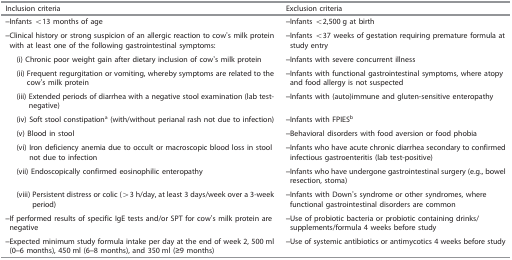
<table><thead><tr><td><b>Inclusion criteria</b></td><td><b>Exclusion criteria</b></td></tr></thead><tbody><tr><td>–Infants &lt;13 months of age</td><td>–Infants &lt;2,500 g at birth</td></tr><tr><td>–Clinical history or strong suspicion of an allergic reaction to cow’s milk protein with at least one of the following gastrointestinal symptoms:</td><td>–Infants &lt;37 weeks of gestation requiring premature formula at study entry</td></tr><tr><td>(i) Chronic poor weight gain after dietary inclusion of cow’s milk protein</td><td>–Infants with severe concurrent illness</td></tr><tr><td>(ii) Frequent regurgitation or vomiting, whereby symptoms are related to the cow’s milk protein</td><td>–Infants with functional gastrointestinal symptoms, where atopy and food allergy is not suspected</td></tr><tr><td>(iii) Extended periods of diarrhea with a negative stool examination (lab test-negative)</td><td>–Infants with (auto)immune and gluten-sensitive enteropathy</td></tr><tr><td>(iv) Soft stool constipationa (with/without perianal rash not due to infection)</td><td>–Infants with FPIESb</td></tr><tr><td>(v) Blood in stool</td><td>–Behavioral disorders with food aversion or food phobia</td></tr><tr><td>(vi) Iron deficiency anemia due to occult or macroscopic blood loss in stool not due to infection</td><td>–Infants who have acute chronic diarrhea secondary to confirmed infectious gastroenteritis (lab test-positive)</td></tr><tr><td>(vii) Endoscopically confirmed eosinophilic enteropathy</td><td>–Infants who have undergone gastrointestinal surgery (e.g., bowel resection, stoma)</td></tr><tr><td>(viii) Persistent distress or colic (&gt;3 h/day, at least 3 days/week over a 3-week period)</td><td>–Infants with Down’s syndrome or other syndromes, where functional gastrointestinal disorders are common</td></tr><tr><td>–If performed results of specific IgE tests and/or SPT for cow’s milk protein are negative</td><td>–Use of probiotic bacteria or probiotic containing drinks/supplements/formula 4 weeks before study</td></tr><tr><td>–Expected minimum study formula intake per day at the end of week 2, 500 ml (0–6 months), 450 ml (6–8 months), and 350 ml (≥9 months)</td><td>–Use of systemic antibiotics or antimycotics 4 weeks before study</td></tr></tbody></table>